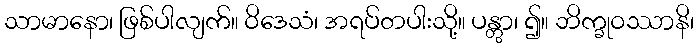
သာမာနော၊ ဖြစ်ပါလျက်။ ဝိဒေသံ၊ အရပ်တပါးသို့။ ပန္တွာ၊ ၍။ ဘိက္ခုဝဿာနိ၊